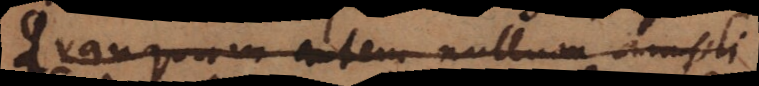
Cum autem nullum amplius